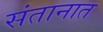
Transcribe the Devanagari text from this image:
संतानात